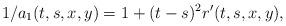
LaTeX: \begin{align*}1/a_1(t,s,x,y)=1+(t-s)^2r'(t,s,x,y),\end{align*}